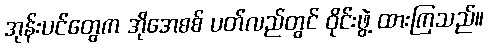
အုန်းပင်တွေက အိုအေစစ် ပတ်လည်တွင် ဝိုင်းဖွဲ့ ထားကြသည်။